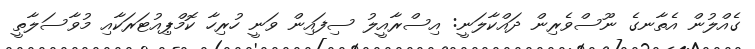
ގެއްލުން އެތާނގެ ނޫސްވެރިން ދައްކާލަނީ: އިސްރާއީލު ސިފައިން ވަނީ ހުރިހާ ކޮމްޕިއުޓަރަކާއި މުވާސަލާތީ